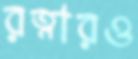
রত্নারও